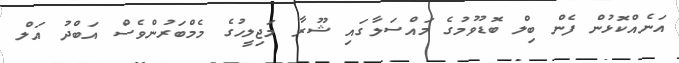
އަނެއްކޮޅުން ފެން ބިލް ބޮޑުވުމުގެ މައްސަލާގައި ޝޫރާ މަޖިލީހުގެ މެމްބަރުންވެސް އަބްދު އަލް